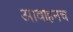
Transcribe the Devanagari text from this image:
आवाहनच